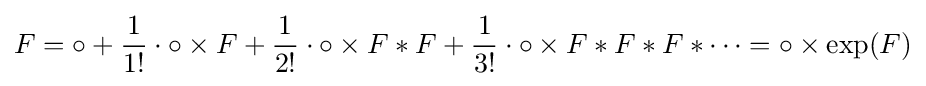
F=\circ +{\frac {1}{1!}}\cdot \circ \times F+{\frac {1}{2!}}\cdot \circ \times F*F+{\frac {1}{3!}}\cdot \circ \times F*F*F*\cdots =\circ \times \exp(F)